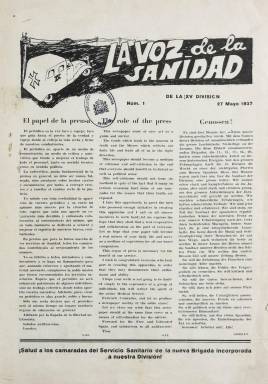
Título: La Voz de la sanidad de la XV División
Otros títulos: Voz de la sanidad de la XV División || Voz de la sanidad de la Décimoquinta División || Voz de la sanidad
Colección: Medicina militar || Guerra civil
Ámbito geográfico: Madrid
Lugar de publicación: Madrid
Fechas: 27/05/1937-27/01/1938